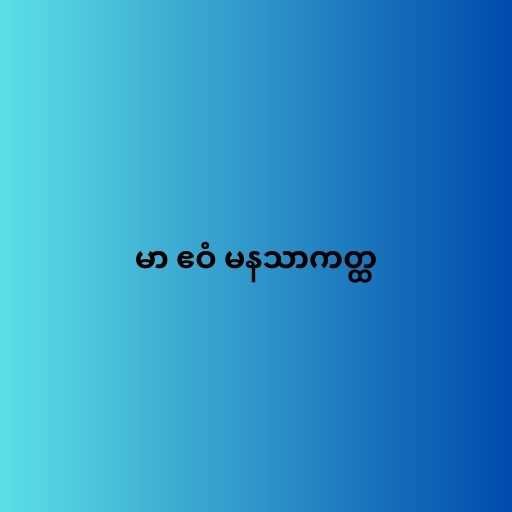
မာ ဧဝံ မနသာကတ္ထ